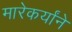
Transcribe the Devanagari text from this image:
मारेकर्यांने